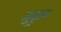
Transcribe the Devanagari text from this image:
मुद्र्ल